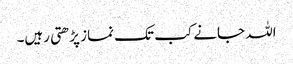
اللہ جانے کب تک نماز پڑھتی رہیں۔